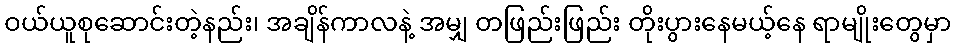
ဝယ်ယူစုဆောင်းတဲ့နည်း၊ အချိန်ကာလနဲ့ အမျှ တဖြည်းဖြည်း တိုးပွားနေမယ့်နေ ရာမျိုးတွေမှာ